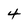
Character: 4